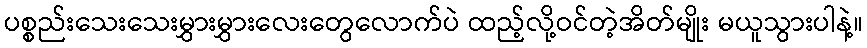
ပစ္စည်းသေးသေးမွှားမွှားလေးတွေလောက်ပဲ ထည့်လို့ဝင်တဲ့အိတ်မျိုး မယူသွားပါနဲ့။